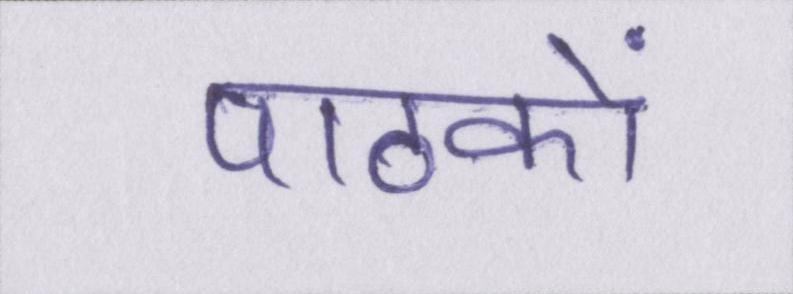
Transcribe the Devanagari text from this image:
पाठकों